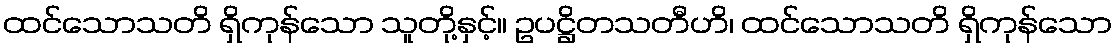
ထင်သောသတိ ရှိကုန်သော သူတို့နှင့်။ ဥပဋ္ဌိတသတီဟိ၊ ထင်သောသတိ ရှိကုန်သော